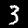
Label: 3